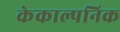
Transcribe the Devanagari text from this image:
केकाल्पनिक